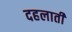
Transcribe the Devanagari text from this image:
दहलाती